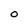
Character: O